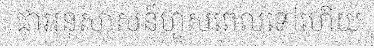
ជាអនុសាសន៍ហួសពេលទៅហើយ